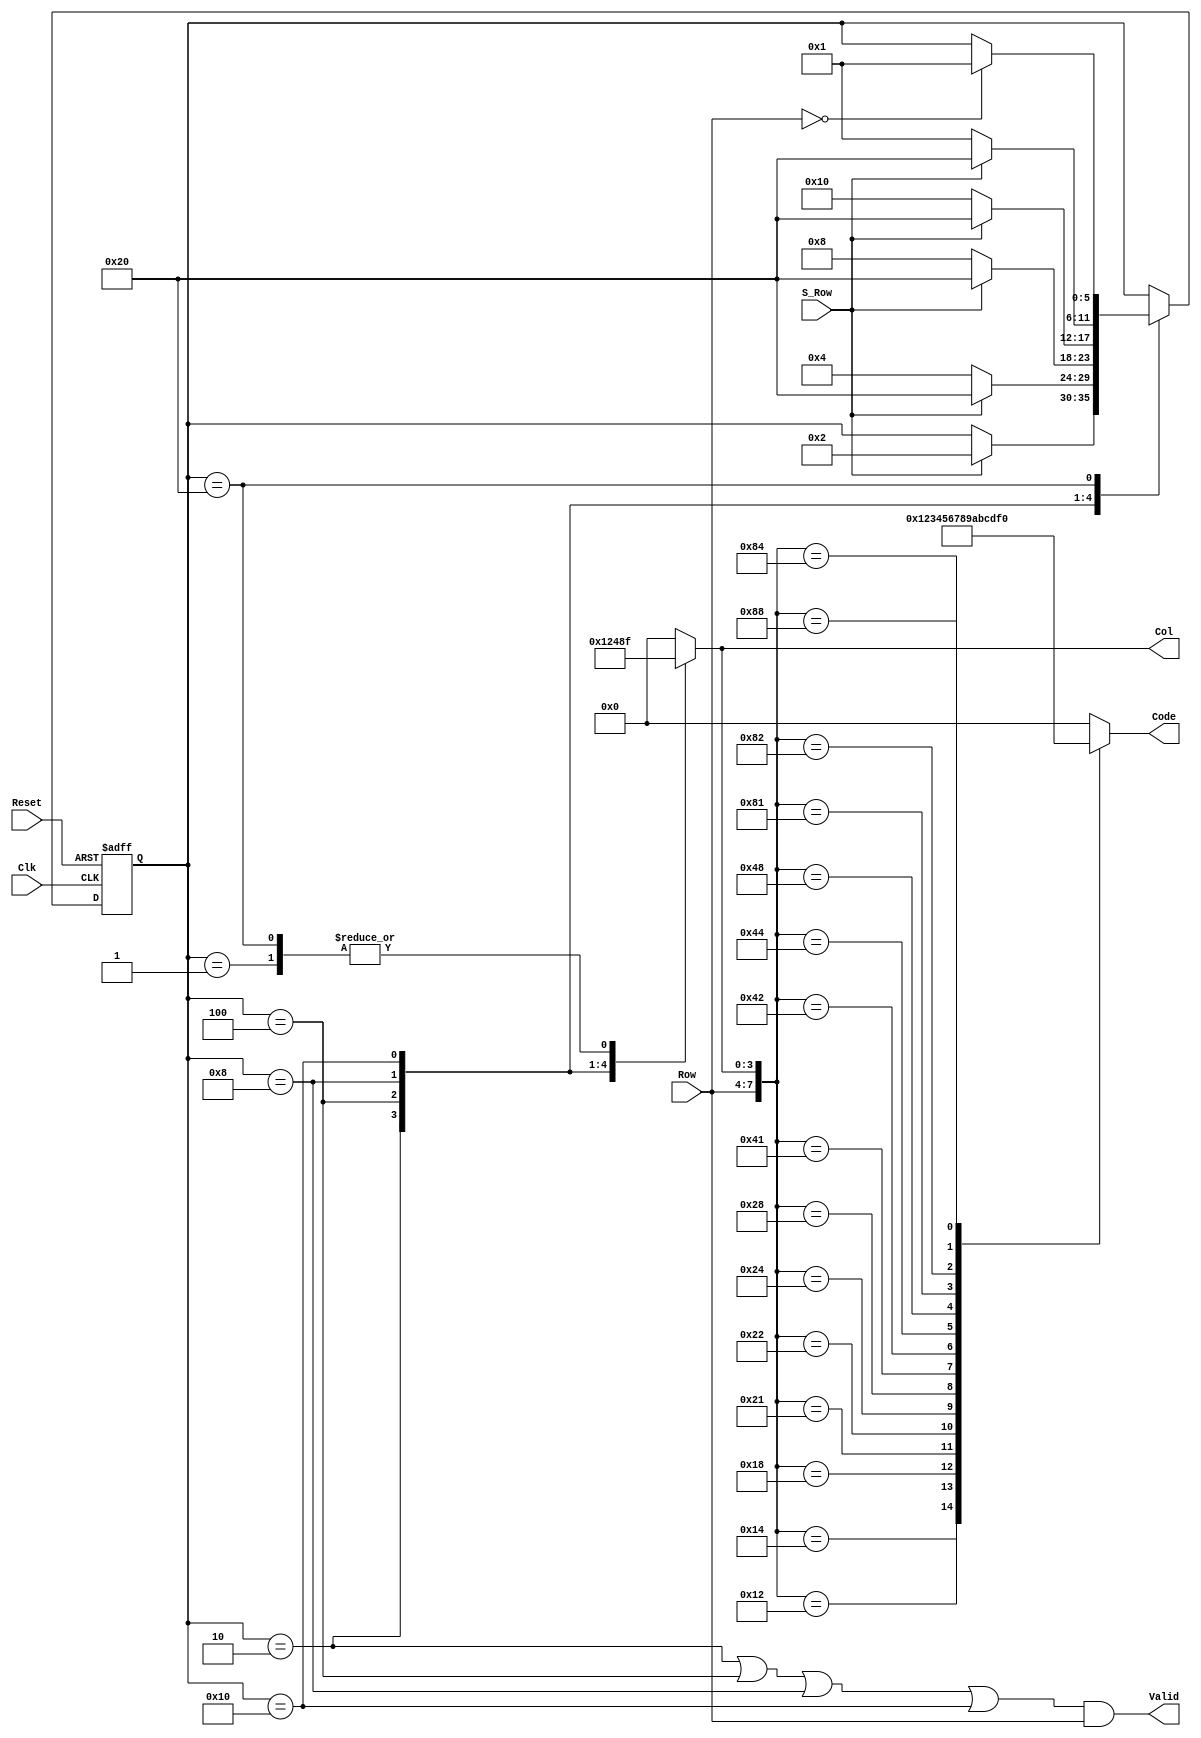
// keyscan_coder.v
module Keypad(Code,Col,Valid,Row,S_Row,Clk,Reset);
output[3:0]Code,Col;
output Valid;
input[3:0]Row;
input S_Row;
input Clk,Reset;
reg[3:0]Col,Code;
reg[5:0]current_state,next_state;
parameter S0=6'b000001,S1=6'b000010,S2=6'b000100;
parameter S3=6'b001000,S4=6'b010000,S5=6'b100000;
assign Valid=((current_state==S1)||(current_state==S2)||(current_state==S3)||(current_state==S4))&&Row;

always@(Row or Col)
 case({Row,Col})
  8'b0001_0001:Code=0;
  8'b0001_0010:Code=1;
  8'b0001_0100:Code=2;
  8'b0001_1000:Code=3;
  8'b0010_0001:Code=4;
  8'b0010_0010:Code=5;
  8'b0010_0100:Code=6;
  8'b0010_1000:Code=7;
  8'b0100_0001:Code=8;
  8'b0100_0010:Code=9;
  8'b0100_0100:Code=10;
  8'b0100_1000:Code=11;
  8'b1000_0001:Code=12;
  8'b1000_0010:Code=13;
  8'b1000_0100:Code=14;
  8'b1000_1000:Code=15;
 default:Code=0;
endcase

always@(posedge Clk or posedge Reset)
 if(Reset)current_state<=S0;
 else current_state<=next_state;

always@(current_state or S_Row or Row)
 begin
  next_state=current_state;
  Col=0;
  case(current_state)
   S0:
    begin
     Col=15;
     if(S_Row)next_state=S1;
    end
   S1:
    begin
     Col=1;
      if(S_Row)next_state=S5;
      else next_state=S2;
    end
   S2:
    begin
     Col=2;
      if(S_Row)next_state=S5;
      else next_state=S3;
    end
   S3:
    begin
     Col=4;
      if(S_Row)next_state=S5;
      else next_state=S4;
    end
   S4:
    begin
     Col=8;
      if(S_Row)next_state=S5;
      else next_state=S0;
    end
   S5:
    begin
     Col=15;
      if(Row==0)next_state=S0;
    end
  endcase
 end
endmodule